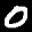
Label: 0